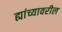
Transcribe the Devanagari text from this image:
ह्यांच्यावरील